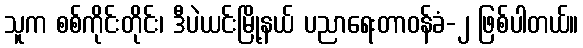
သူက စစ်ကိုင်းတိုင်း၊ ဒီပဲယင်းမြို့နယ် ပညာရေးတာဝန်ခံ-၂ ဖြစ်ပါတယ်။